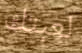
لعبتك